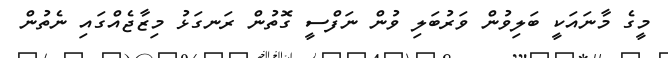
މީގެ މާނައަކީ ބަލިވުން ވަރުބަލި ވުން ނަފްސީ ގޮތުން ރަނގަޅު މިޒާޖެއްގައި ނެތުން